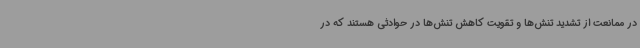
در ممانعت از تشدید تنش‌ها و تقویت کاهش تنش‌ها در حوادثی هستند که در